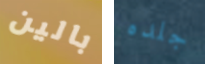
بالين جلده